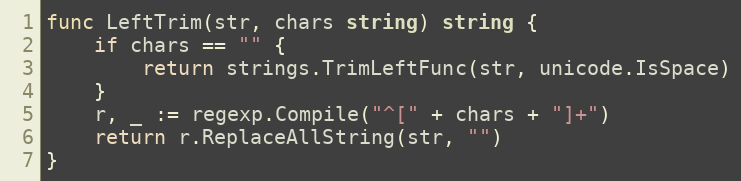
Language: Go
func LeftTrim(str, chars string) string {
	if chars == "" {
		return strings.TrimLeftFunc(str, unicode.IsSpace)
	}
	r, _ := regexp.Compile("^[" + chars + "]+")
	return r.ReplaceAllString(str, "")
}